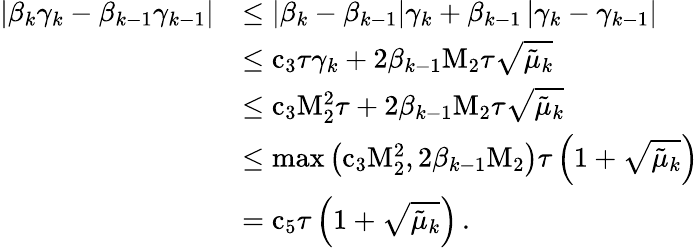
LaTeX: \begin{array}{rl}{\left|{\beta}_{k}{\gamma}_{k}-{\beta}_{k-1}{\gamma}_{k-1}\right|}&{\leq\left|{\beta}_{k}-{\beta}_{k-1}\right|{\gamma}_{k}+{\beta}_{k-1}\left|{\gamma}_{k}-{\gamma}_{k-1}\right|}\\ &{\leq{\mathrm{c}}_{3}{\tau}{\gamma}_{k}+{2}{\beta}_{k-1}{\mathrm{M}}_{2}{\tau}\sqrt{{\tilde{\mu}}_{k}}}\\ &{\leq{\mathrm{c}}_{3}{\mathrm{M}}_{2}^{2}{\tau}+{2}{\beta}_{k-1}{\mathrm{M}}_{2}{\tau}\sqrt{{\tilde{\mu}}_{k}}}\\ &{\leq\operatorname*{max}\left({\mathrm{c}}_{3}{\mathrm{M}}_{2}^{2},{2}{\beta}_{k-1}{\mathrm{M}}_{2}\right){\tau}\left(1+\sqrt{{\tilde{\mu}}_{k}}\right)}\\ &{={\mathrm{c}}_{5}{\tau}\left(1+\sqrt{{\tilde{\mu}}_{k}}\right)\, .}\end{array}